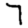
Digit: 7